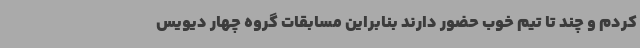
کردم و چند تا تیم خوب حضور دارند بنابراین مسابقات گروه چهار دیویس